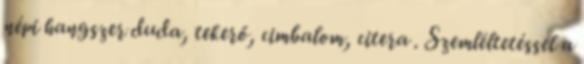
népi hangszer duda, tekerő, cimbalom, citera . Szemléltetéssel a